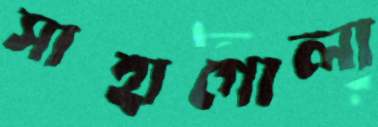
সাহাগোলা